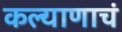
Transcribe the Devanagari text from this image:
कल्याणाचं